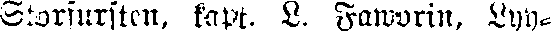
Storfursten, kapt. L. Faworin, Lyy-